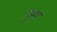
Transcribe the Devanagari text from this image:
पुम्प